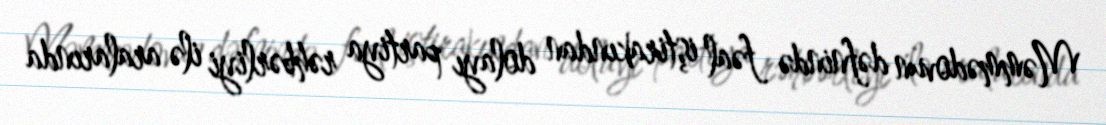
Məmmədovun dəfnində fəal iştirakından dolayı partiya rəhbərliyi ilə aralarında